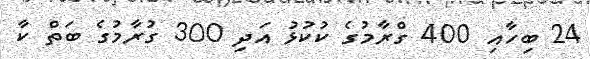
24 ބިހާއި 400 ގްރާމުގެ ކުކުޅު އަދި 300 ގުރާމުގެ ބަތް ކާ